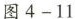
图 4-11